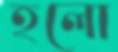
হলো